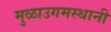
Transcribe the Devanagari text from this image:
मुळाउगमस्थानी